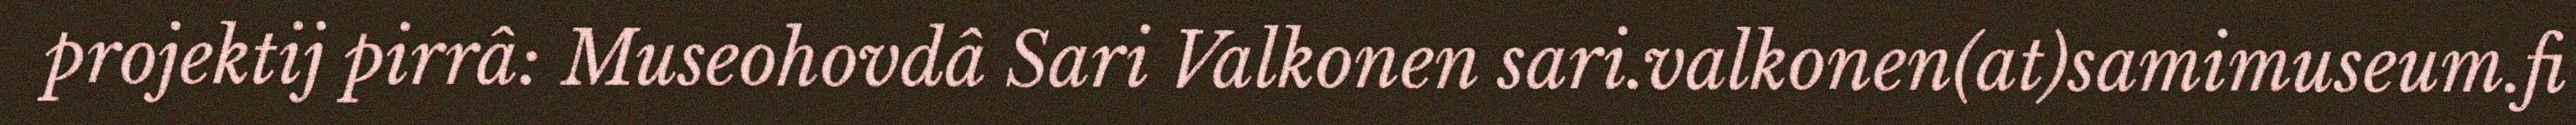
projektij pirrâ: Museohovdâ Sari Valkonen sari.valkonen(at)samimuseum.fi